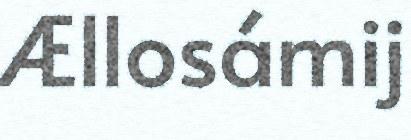
Ællosámij